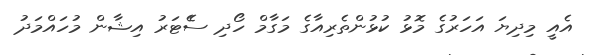
އެއީ މިދިޔަ އަހަރުގެ މޮޅު ކުޅުންތެރިއާގެ މަގާމް ހޯދި ސެެޓަރު އިޝާން މުހައްމަދު